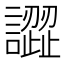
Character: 譅